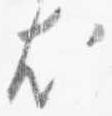
尤